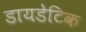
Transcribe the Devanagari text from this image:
डायडेटिक